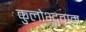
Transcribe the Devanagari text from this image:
कुलोभ्दवाम्